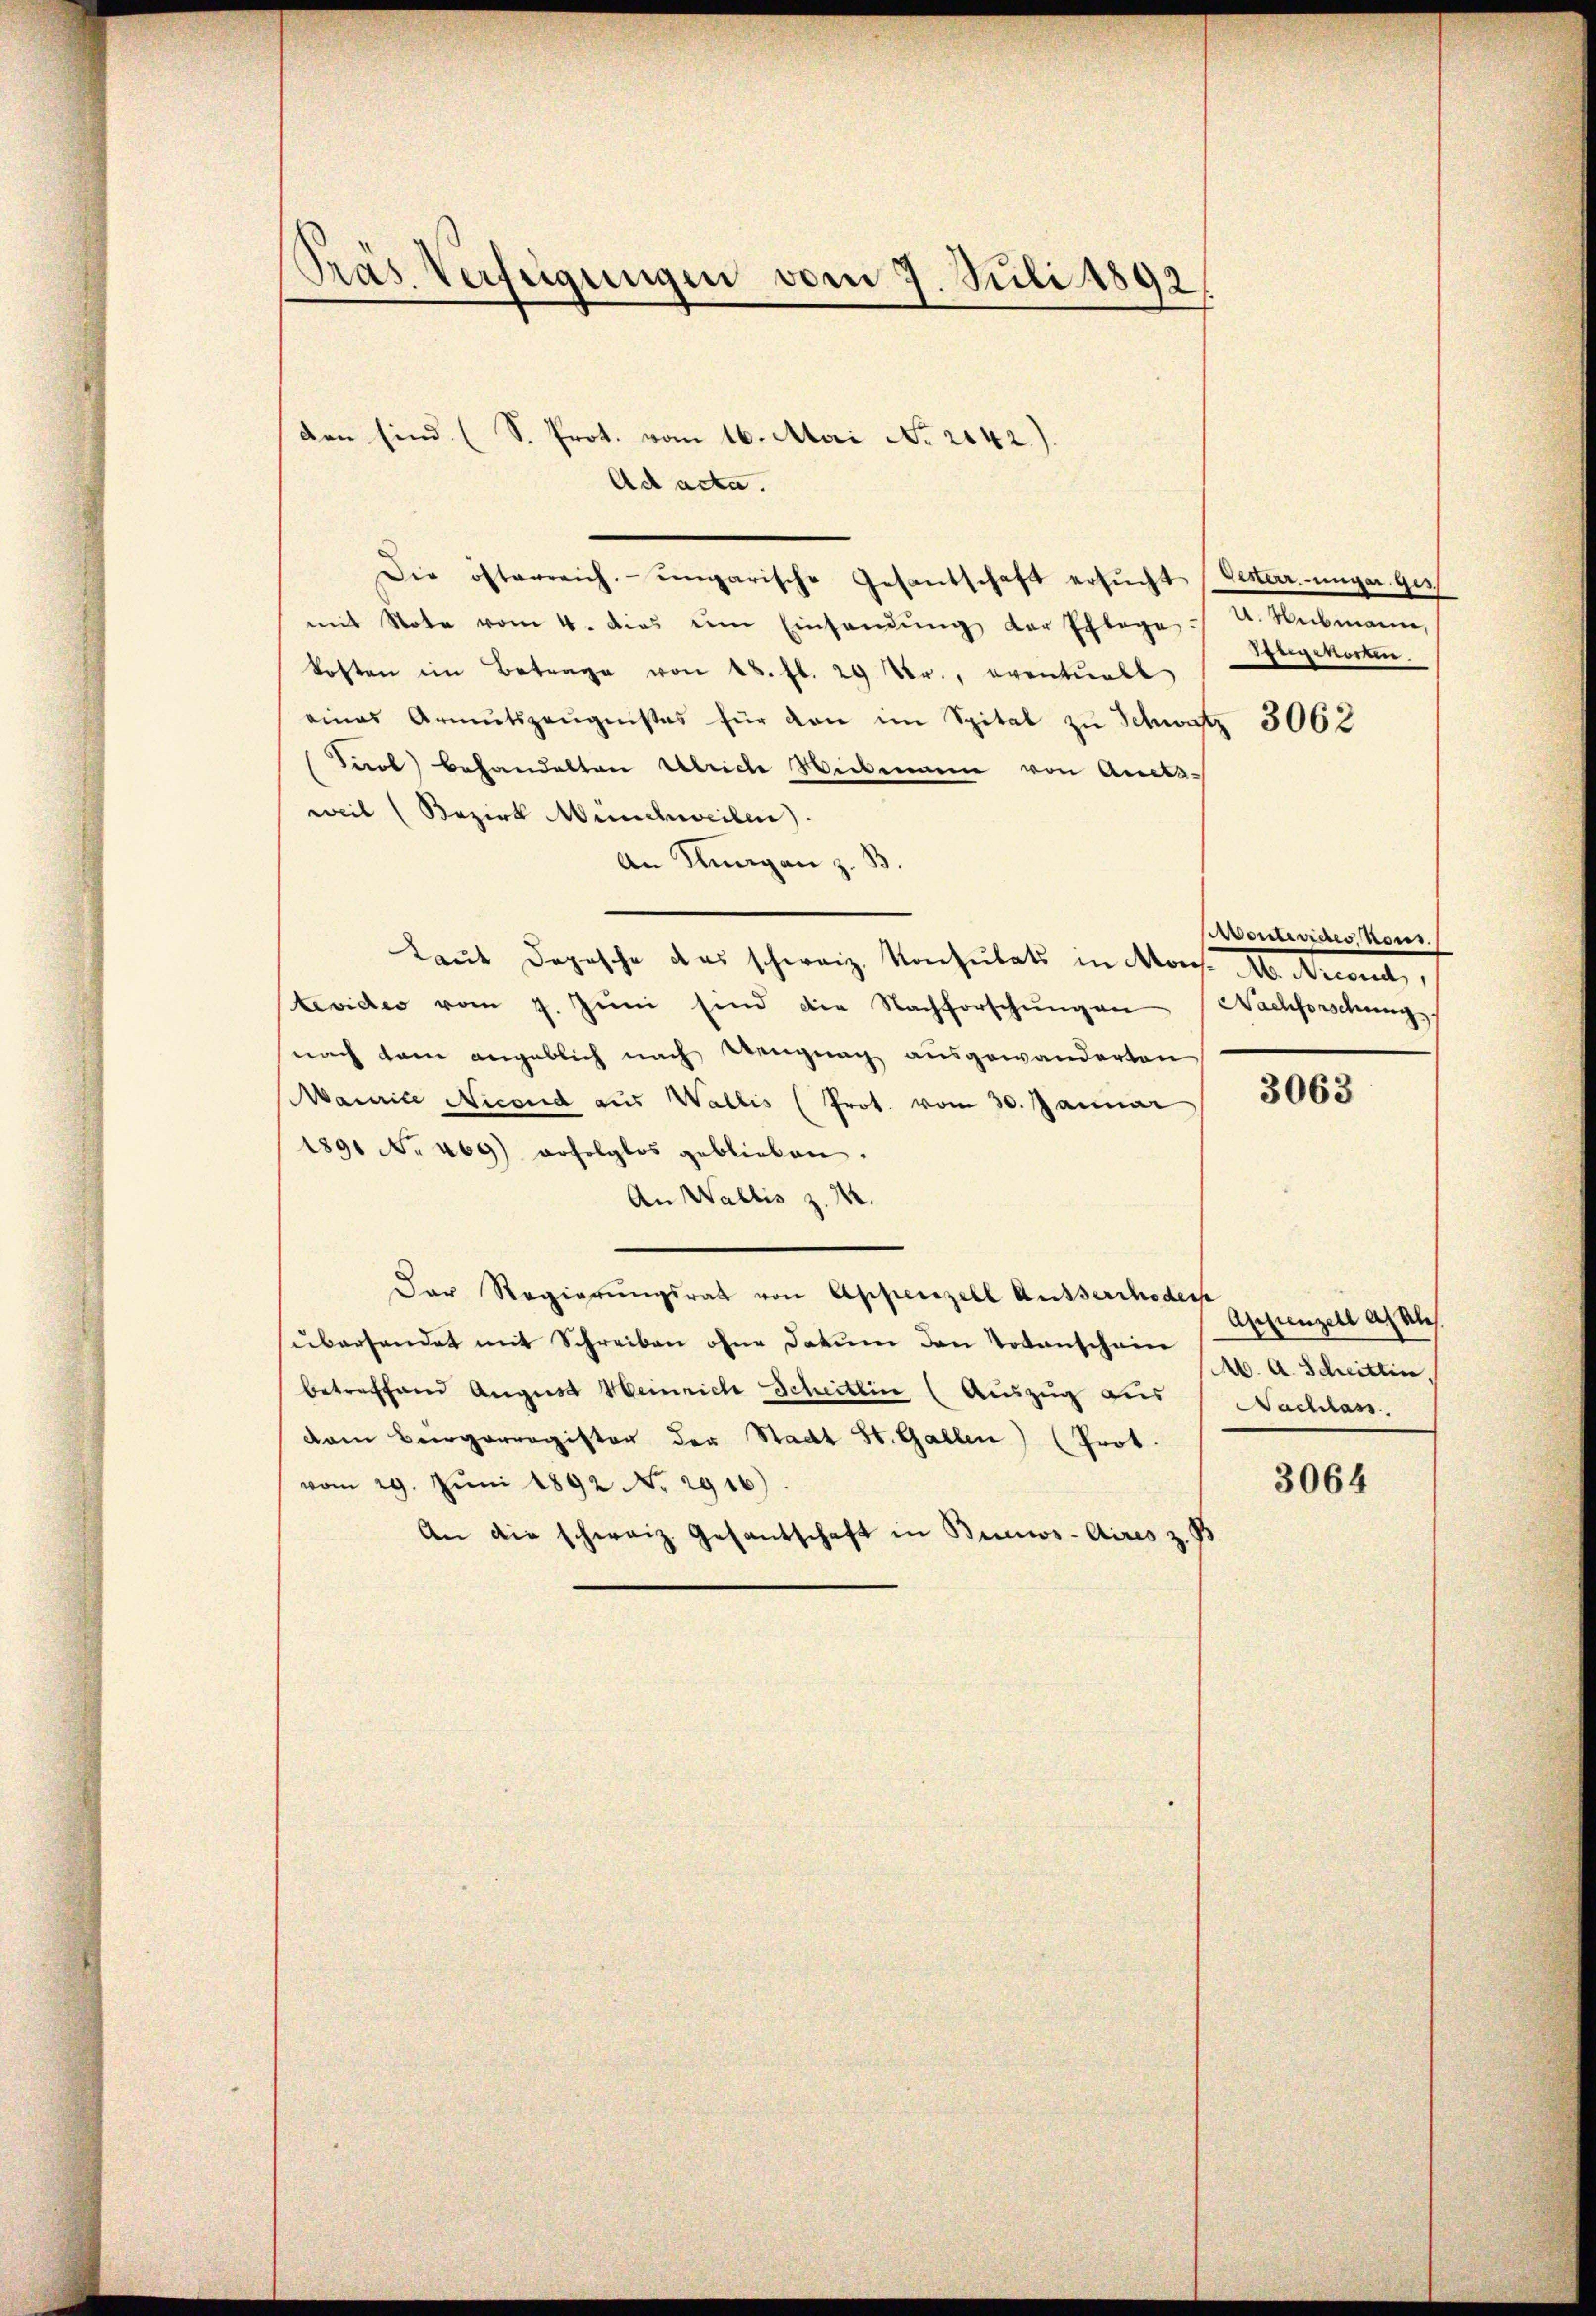
Präs. Verfügungen vom 7. Juli 1892.

den sind (S. Prot. vom 16. Mai No 2042)
Ad acta.
Die öfterreich ungarische Gesantschaft ersŭcht (lester unger ges
mit Note vom 4. dies im Einsendŭng der Pflege u. Hubmanne,
kosten im Betrage von 28. fl. 29 Fr., eventuell
eines Armutszeŭgnißes für den im Spital zu Schweiz 3062
Tirol behandelten Ulrich Weibmann von Amtsweil (Bezirk Menschweilen)
An Klagen z. B.
Laut Dopische das schweiz. Konseitets in Mor. IV. revet,
tevider vom 7. Jŭni sind die Nachforschŭngen (Nachforschung.
nach kam angeblich nach Wengung ausgewanderten
3063
Maurice Nicond aus Wallis (Prot. vom 30. Januar
1891 No 469) erfolglos geblieben.
An Wallis z. M.
Der Regierŭngsrat von Appenzell Ausserrhoder
übersendet mit Schreiben ohne Datum den Totenschein
betreffend August Heinrich Scheitlin (Auszug aus   Nachlass.
dam Bürgerregister der Stadt St. Gallen (Prot.
3064
vom 29. Jŭni 1892 No. 2916).
An die schweiz. Gesantschaft in Buenos-Aires z. P

Sengwerken

Wentendes Kons.

Appenzell an al
b. A. Schrittin,